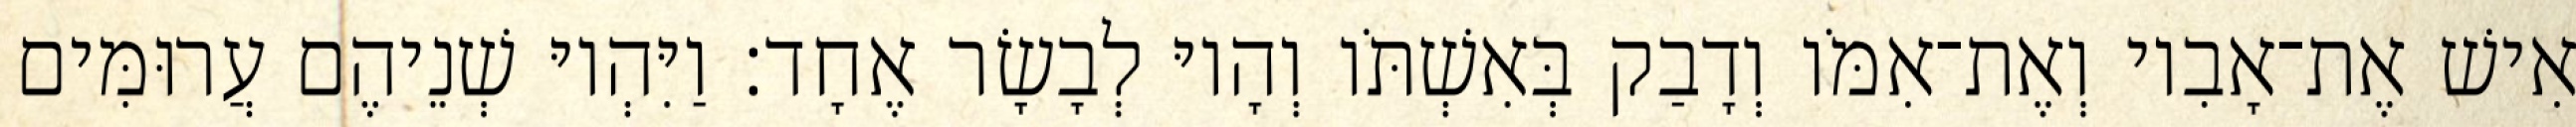
אִישׁ אֶת־אָבִיו וְאֶת־אִמֹּו וְדָבַק בְּאִשְׁתֹּו וְהָיוּ לְבָשָׂר אֶחָד׃ וַיִּהְיוּ שְׁנֵיהֶם עֲרוּמִּים